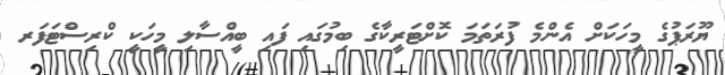
ޔޫރަޕުގެ މީހަކަށް އެންމެ ފުރަތަމަ ކޮށްޓަރީކާގެ ބިމުގައި ފައި ބީއްސާލި މީހަކީ ކްރިސްޓަފަރ